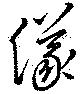
儀